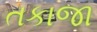
તકાજા